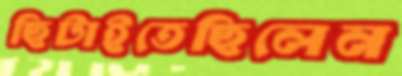
ছিটাইতেছিলেন